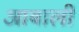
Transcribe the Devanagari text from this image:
आबाली